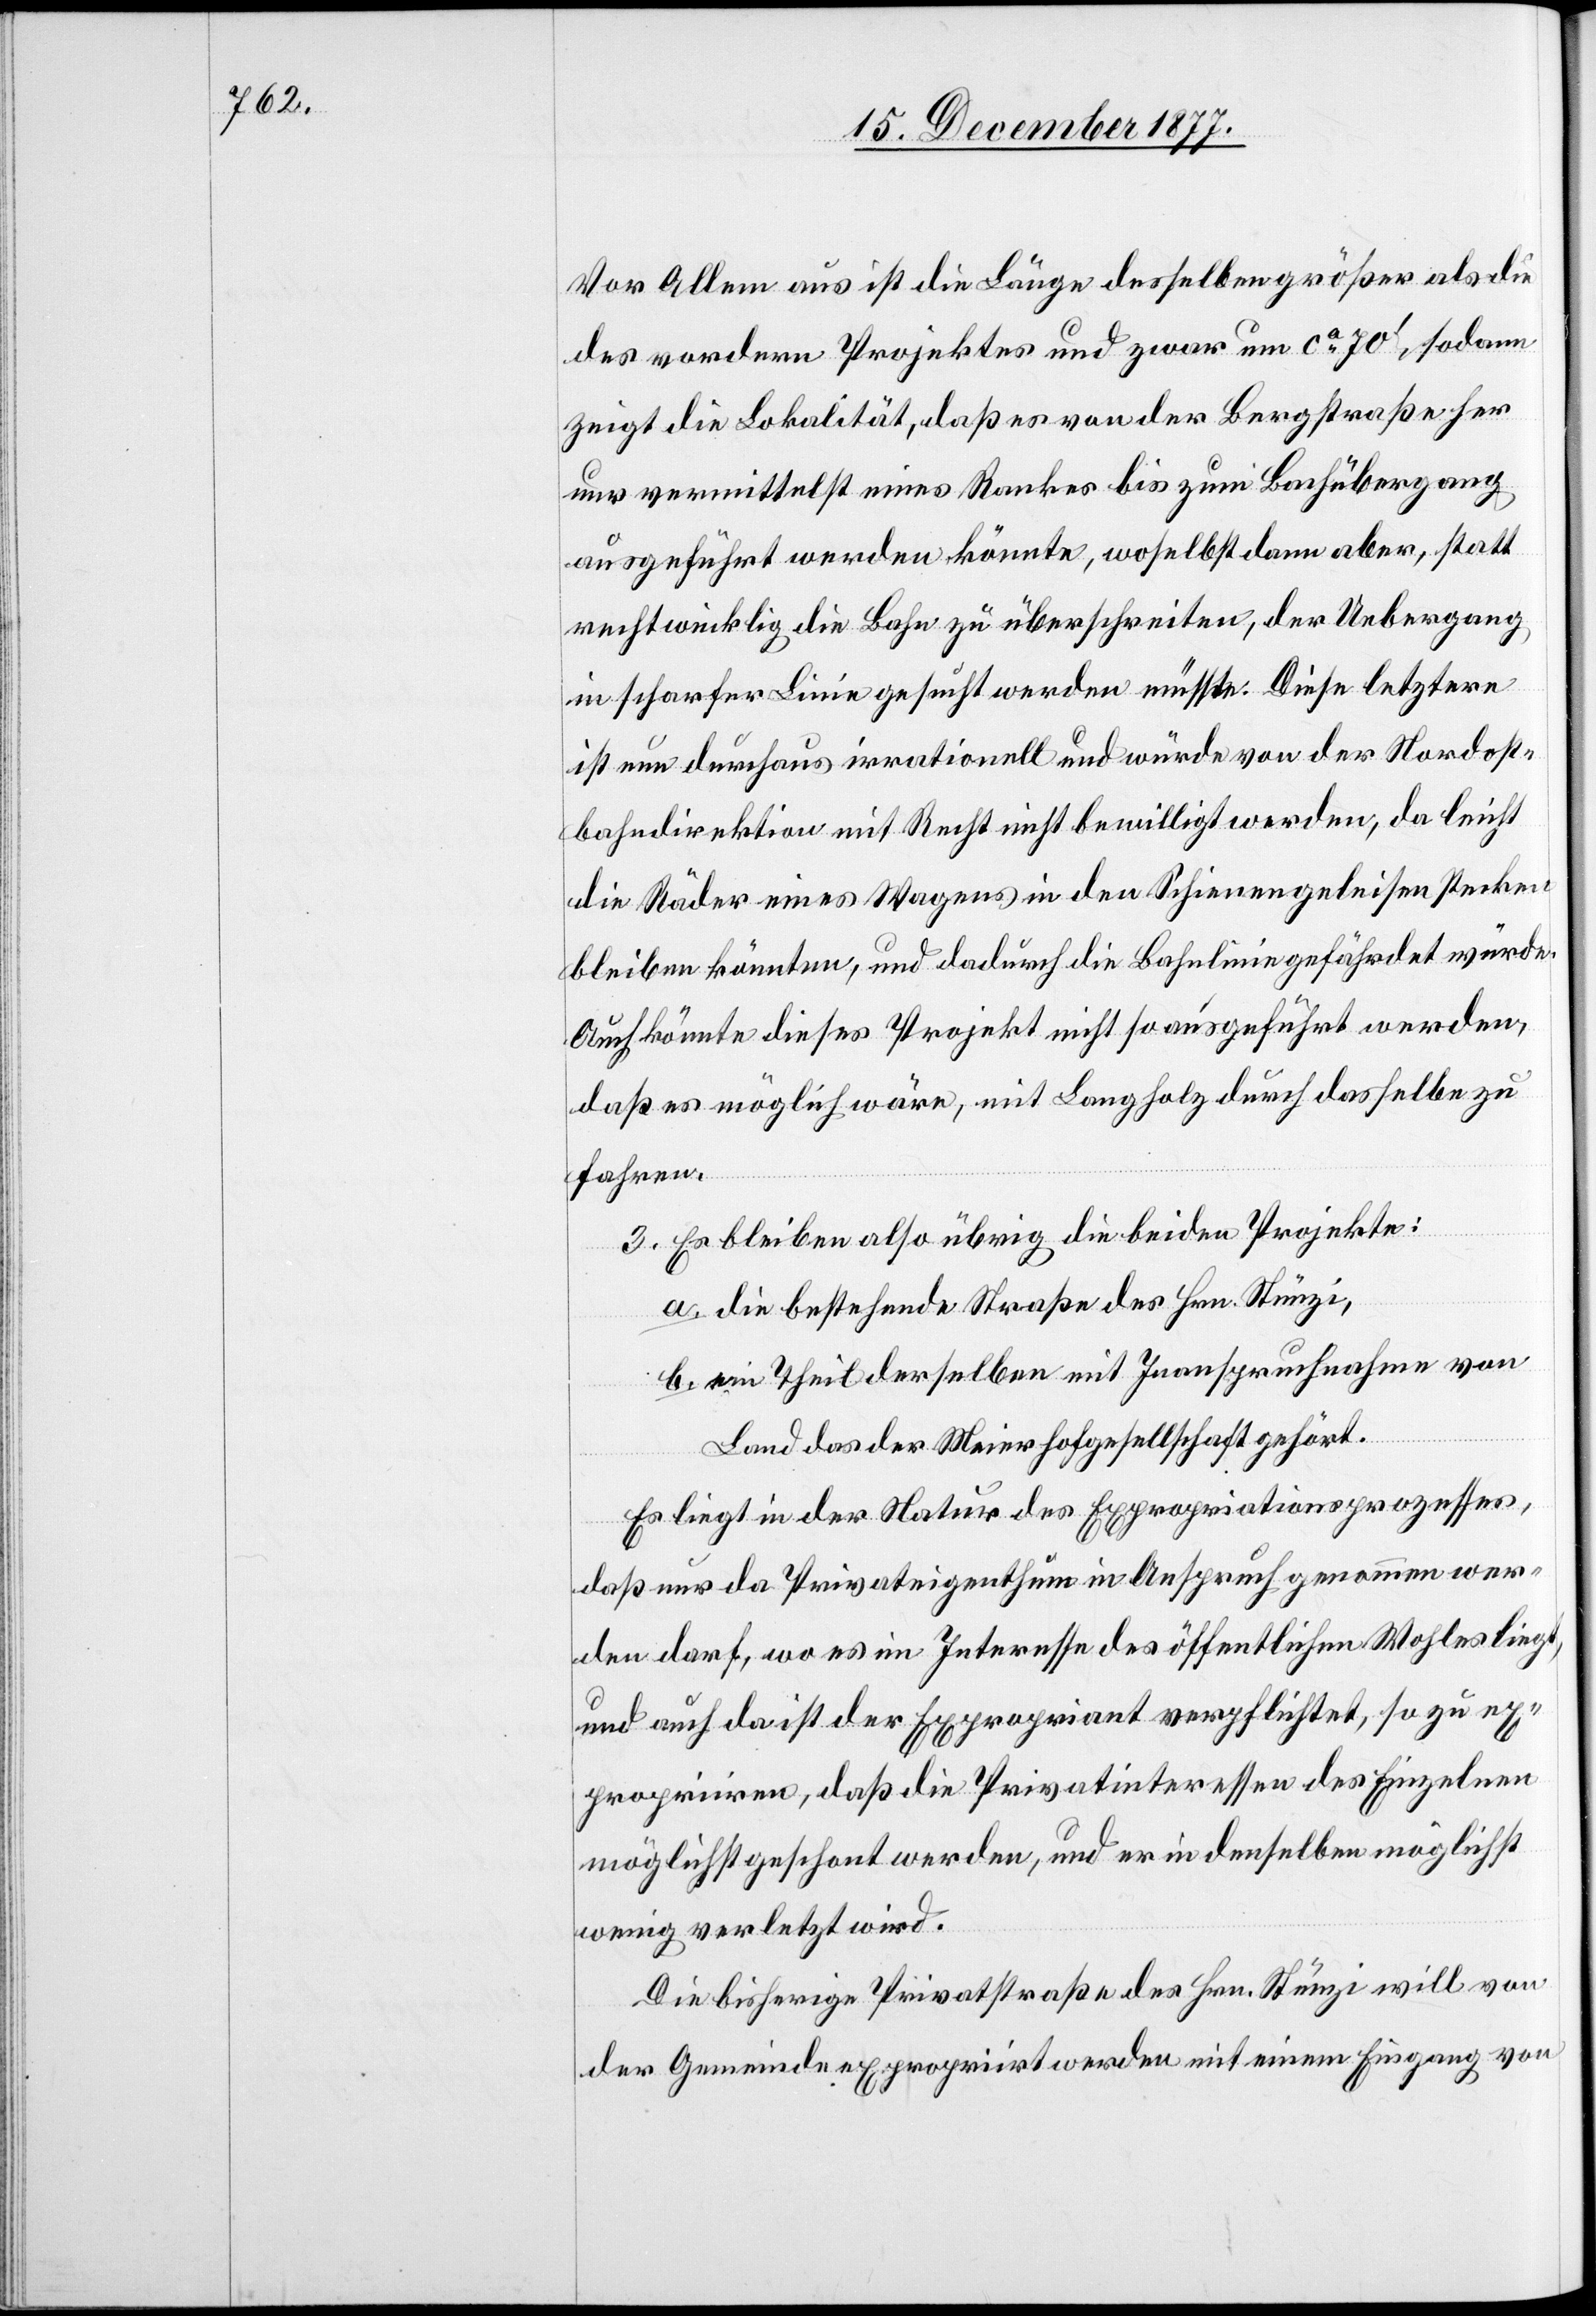
Vor Allem aus ist die Länge desselben größer als die
des vordern Projektes und zwar um ca 70‘, sodann
zeigt die Lokalität, daß es von der Bergstraße her
nur vermittelst eines Rankes bis zum Bachübergang
ausgeführt werden könnte, woselbst dann aber, statt
rechtwinklig die Bahn zu überschreiten, der Uebergang
in scharfer Linie gesucht werden müsste. Diese letztere
ist nun durchaus irrationell und würde von der Nordost¬
bahndirektion mit Recht nicht bewilligt werden, da leicht
die Räder eines Wagens in den Schienengeleisen stecken
bleiben könnten, und dadurch die Bahnlinie gefährdet würde.
Auch könnte dieses Projekt nicht so ausgeführt werden,
daß es möglich wäre, mit Langholz durch dasselbe zu
fahren.
3. Es bleiben also übrig die beiden Projekte:
a. die bestehende Straße des Hrn. Stünzi,
b. ein Theil derselben mit Inanspruchnahme von
Land das der Meierhofgesellschaft gehört.
Es liegt in der Natur des Expropriationsprozesses,
daß nur da Privateigenthum in Anspruch genommen wer¬
den darf, wo es im Interesse des öffentlichen Wohles liegt,
und auch da ist der Expropriant verpflichtet, so zu ex¬
propriiren, daß die Privatinteressen des Einzelnen
möglichst geschont werden, und er in denselben möglichst
wenig verletzt wird.
Die bisherige Privatstraße des Hrn. Stünzi will von
der Gemeinde expropriirt werden mit einem Eingang von